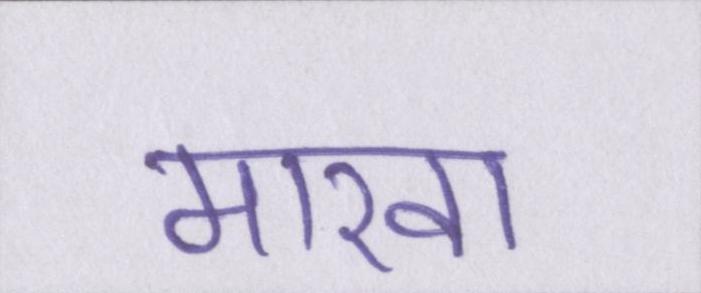
मारवा